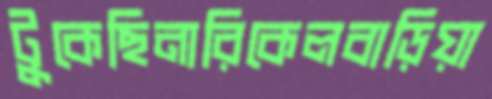
টুকেছিনারিকেলবাড়িয়া